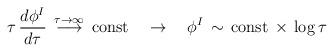
LaTeX: \begin{align*}\tau \, \frac{d\phi^I}{d\tau} \, \stackrel{\tau \to \infty}{\longrightarrow } \, \mbox{const} \quad \rightarrow \quad \phi^I \, \sim \, \mbox{const}\, \times \, \log \tau\end{align*}